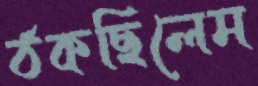
ঠকছিলেম